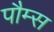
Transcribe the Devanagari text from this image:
पौम्स